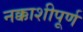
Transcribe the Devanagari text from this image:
नक्काशीपूर्ण